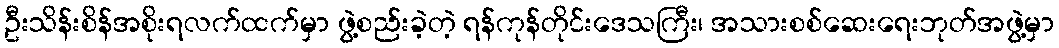
ဦးသိန်းစိန်အစိုးရလက်ထက်မှာ ဖွဲ့စည်းခဲ့တဲ့ ရန်ကုန်တိုင်းဒေသကြီး၊ အသားစစ်ဆေးရေးဘုတ်အဖွဲ့မှာ